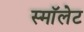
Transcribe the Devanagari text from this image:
स्माॅलेट